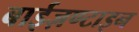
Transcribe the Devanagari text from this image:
बाईज़ण्टाइन